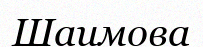
Шаимова